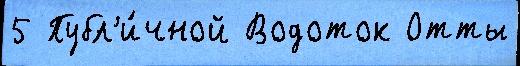
5 Публ'и́чной Водоток Отты